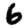
Digit: 6